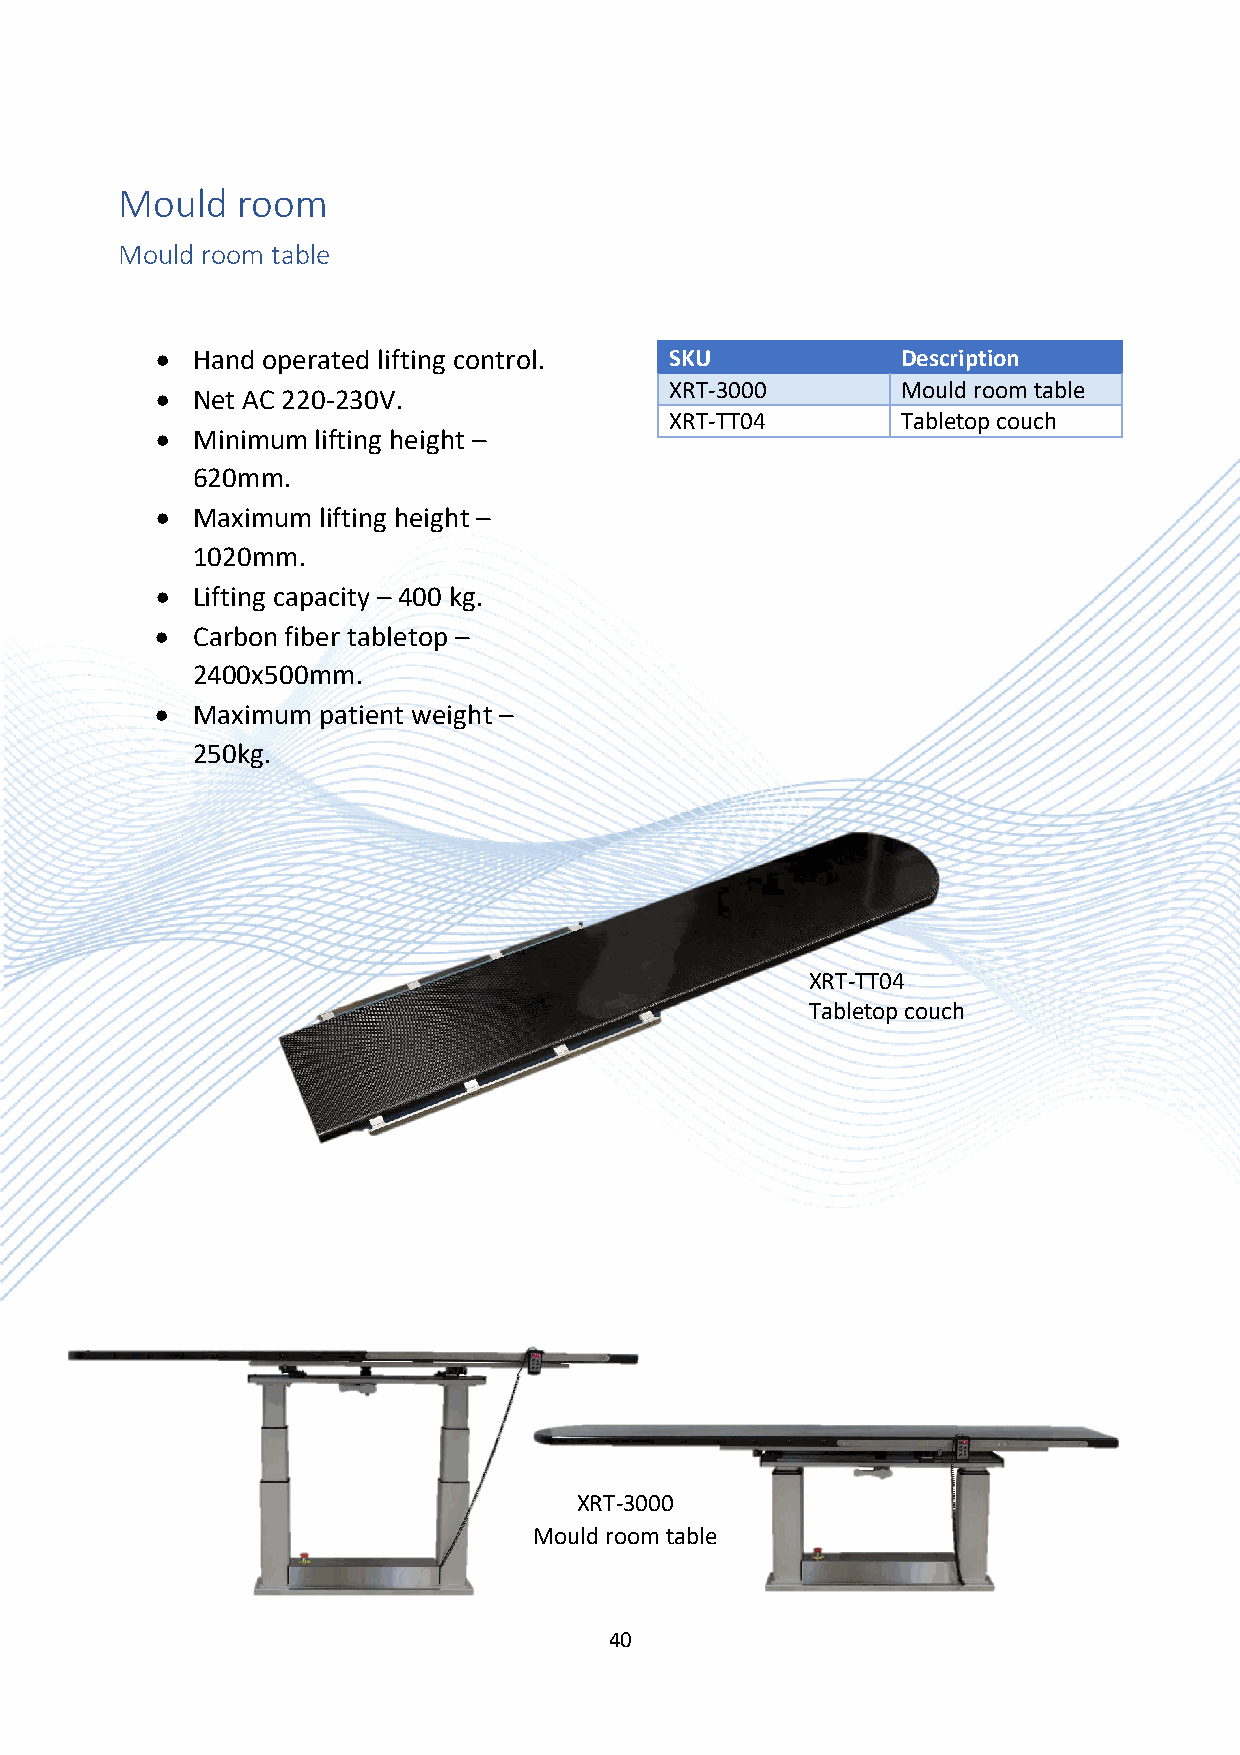
Mould   room
 Mould room table
 •  Hand operated lifting control. SKU             Description
 XRT-3000        Mould room table
 •  Net AC 220-230V.
 XRT-TT04        Tabletop couch
 •  Minimum lifting height –
 620mm.
 •  Maximum lifting height –
 1020mm.
 •  Lifting capacity – 400 kg.
 •  Carbon fiber tabletop –
 2400x500mm.
 •  Maximum patient weight –
 250kg.
 XRT-TT04
 Tabletop couch
 XRT-3000
 Mould room table
 40